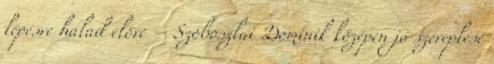
lépésre halad előre – Szoboszlai Dominik középen jó szereplése